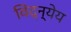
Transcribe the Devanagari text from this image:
विद्न्येय